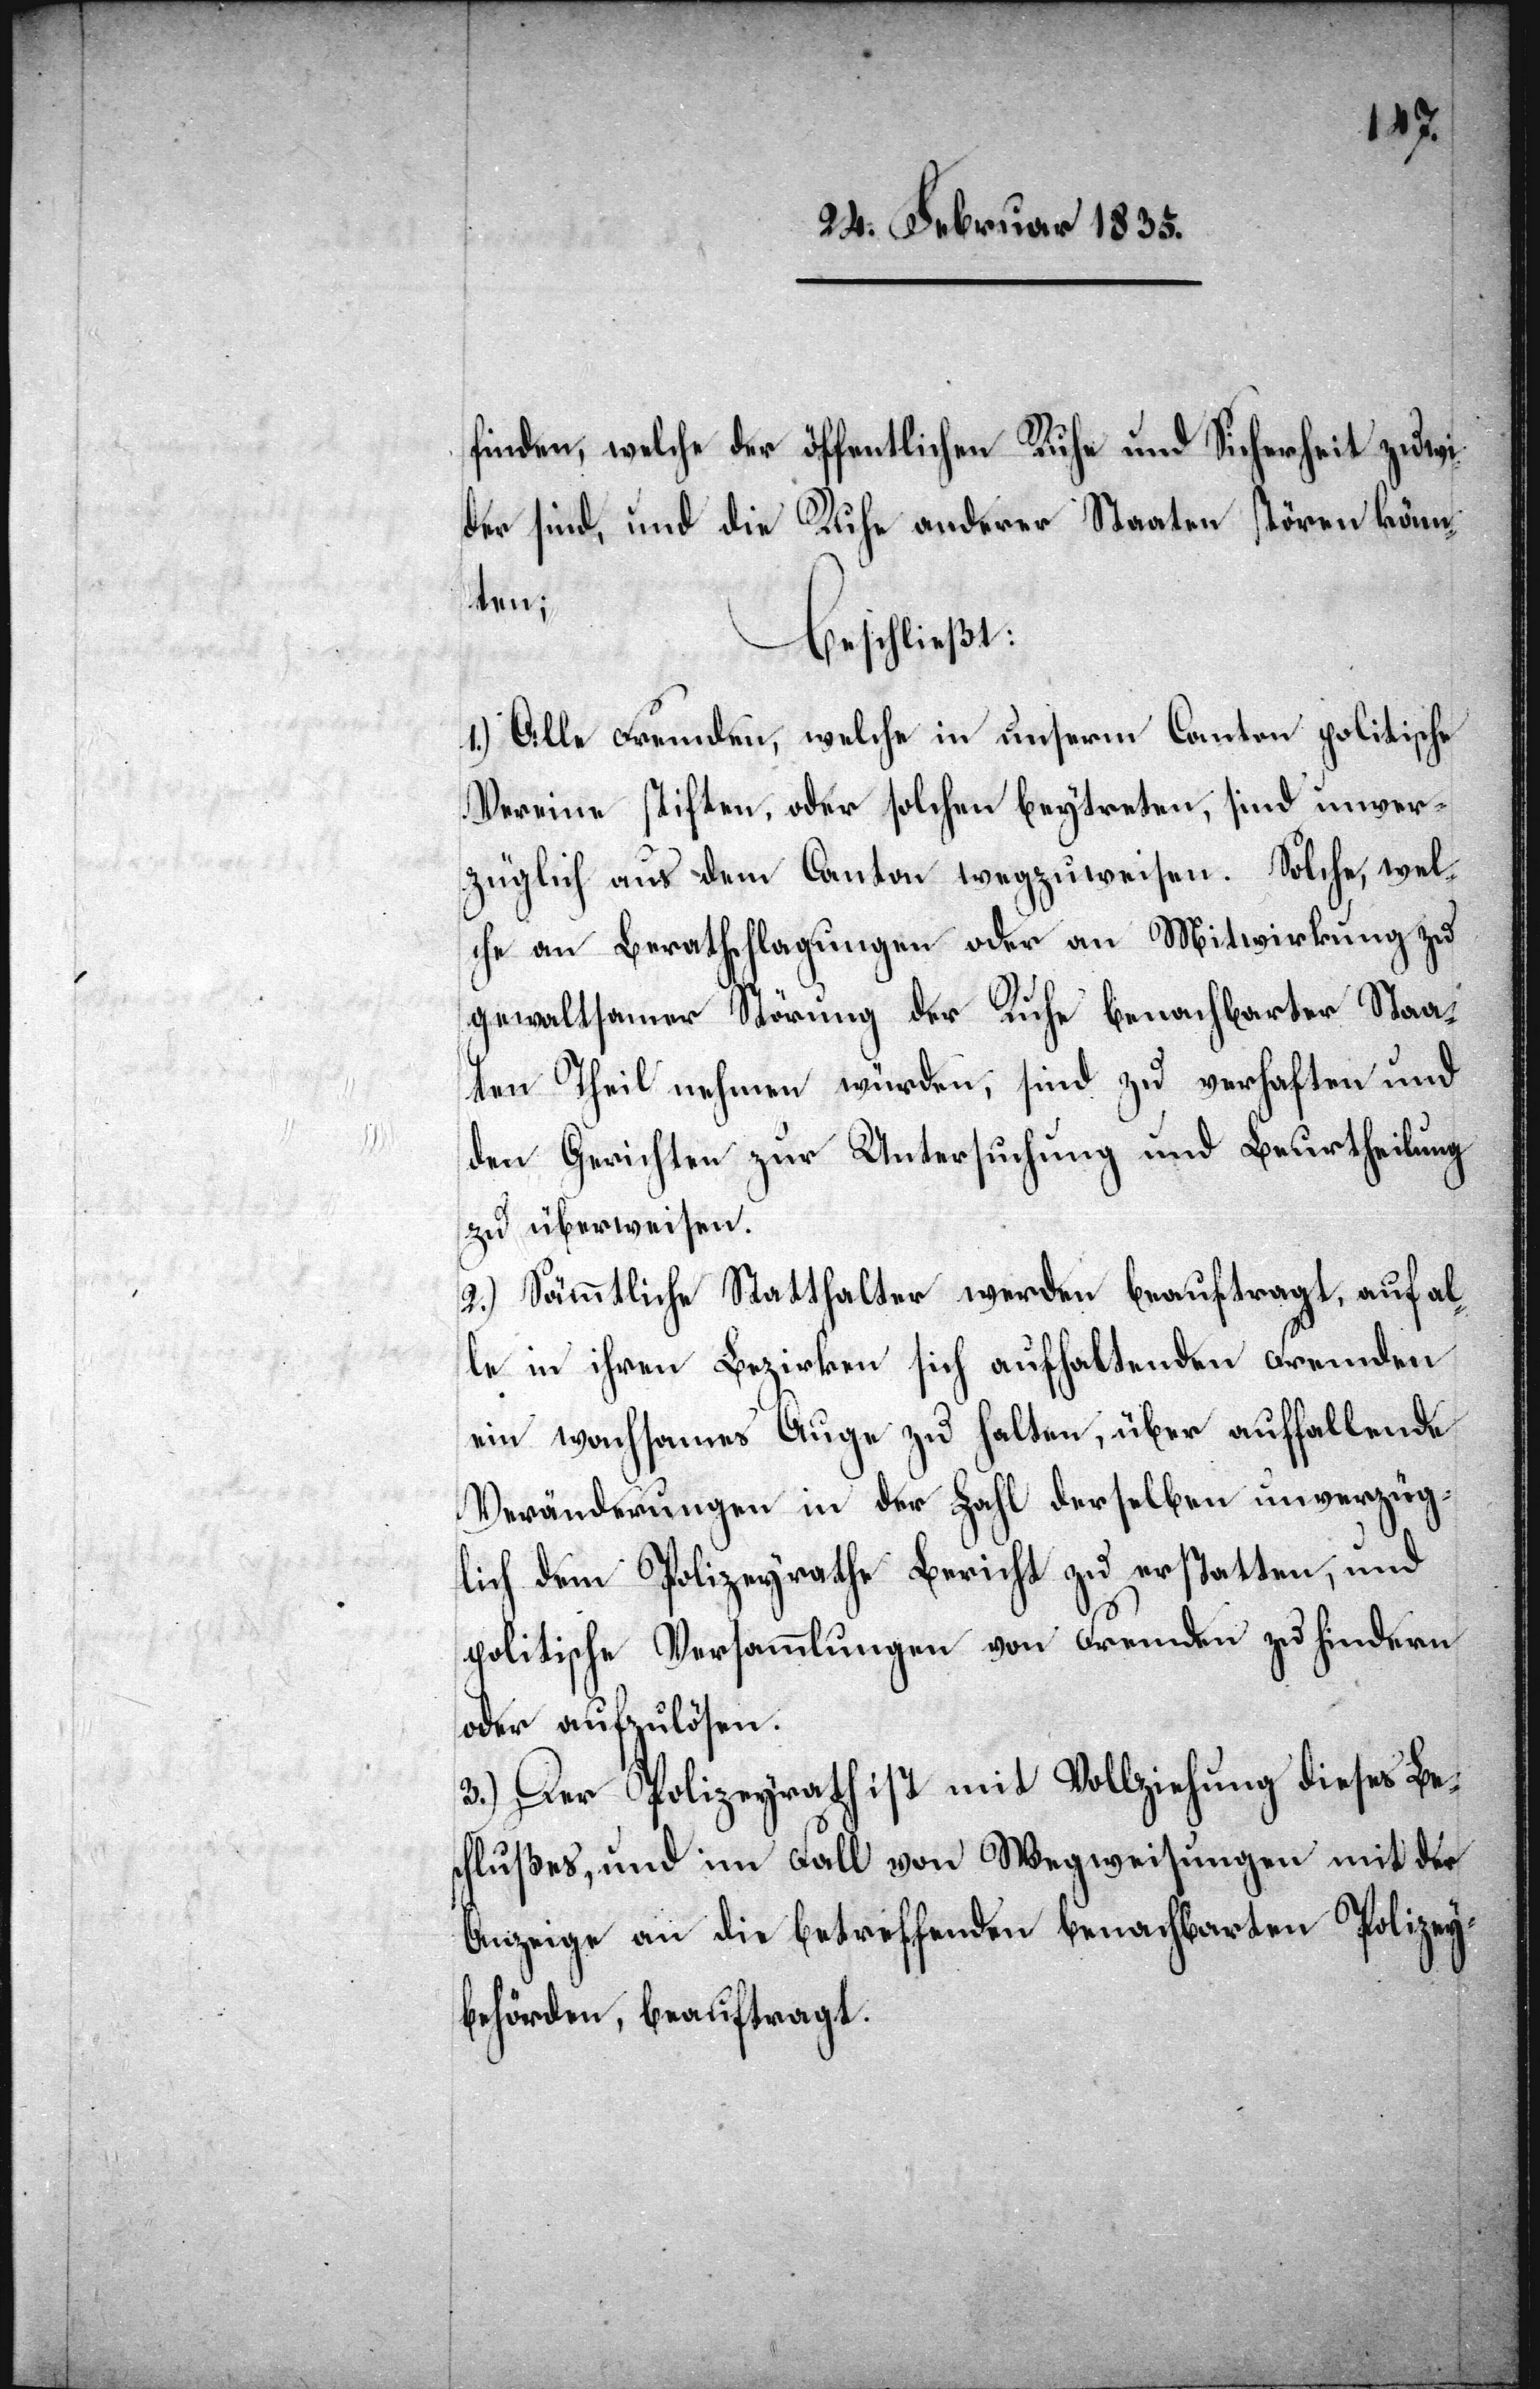
finden, welche der öffentlichen Ruhe und Sicherheit zuwi¬
der sind, und die Ruhe anderer Staaten stören könn¬
ten;
beschließt:
1.) Alle Fremden, welche in unserm Canton politische
Vereine stiften, oder solchen beytreten, sind unver¬
züglich aus dem Canton wegzuweisen. Solche, wel¬
che an Berathschlagungen oder an Mitwirkung zu
gewaltsamer Störung der Ruhe benachbarter Staa¬
ten Theil nehmen würden, sind zu verhaften und
den Gerichten zur Untersuchung und Beurtheilung
zu überweisen.
2.) Sämmtliche Statthalter werden beauftragt, auf al¬
le in ihren Bezirken sich aufhaltenden Fremden
ein wachsames Auge zu halten, über auffallende
Veränderungen in der Zahl derselben unverzüg¬
lich dem Polizeyrathe Bericht zu erstatten, und
politische Versammlungen von Fremden zu hindern
oder aufzulösen.
3.) Der Polizeyrath ist mit Vollziehung dieses Be¬
schlußes, und im Fall von Wegweisungen mit der
Anzeige an die betreffenden benachbarten Polizey¬
behörden, beauftragt.